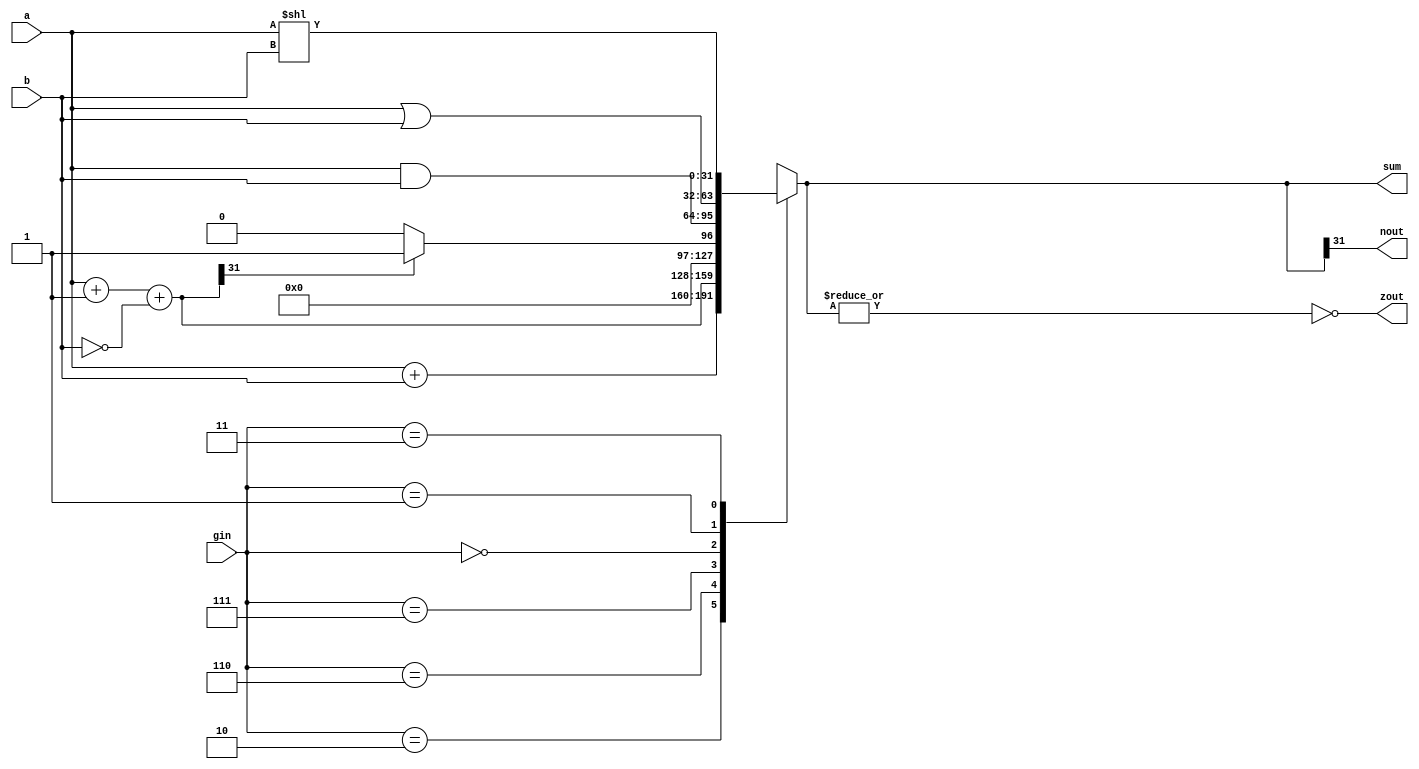
module alu32(sum,a,b,zout,nout,gin);//ALU operation according to the ALU control line values
output [31:0] sum;
input [31:0] a,b; 
input [2:0] gin;//ALU control line
reg [31:0] sum;
reg [31:0] less;
output zout,nout;
reg zout,nout;
always @(a or b or gin)
begin
	case(gin)
	3'b010: sum=a+b; 		//ALU control line=010, ADD
	3'b110: sum=a+1+(~b);	//ALU control line=110, SUB
	3'b111: begin less=a+1+(~b);	//ALU control line=111, set on less than
			if (less[31]) sum=1;	
			else sum=0;
		  end
	3'b000: sum=a & b;	//ALU control line=000, AND
	3'b001: sum=a|b;		//ALU control line=001, OR
	3'b011: sum = a<<b; //ALU control for question 24 
	default: sum=31'bx;	
	endcase
zout=~(|sum);
nout = sum[31];
end
endmodule

// 000000 00001 00010 00011 00000 000100 Shift register 1 by the value in register 2, and store in register 3
// 00221804